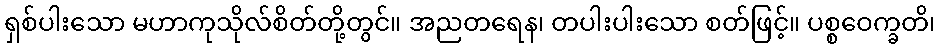
ရှစ်ပါးသော မဟာကုသိုလ်စိတ်တို့တွင်။ အညတရေန၊ တပါးပါးသော စတ်ဖြင့်။ ပစ္စဝေက္ခတိ၊